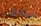
ساقول